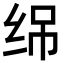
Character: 𬘣